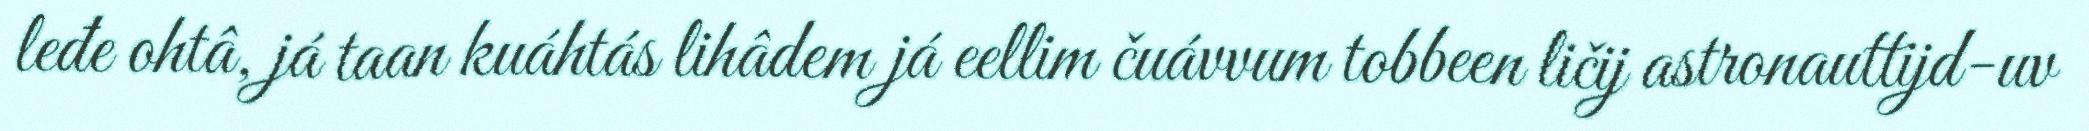
leđe ohtâ, já taan kuáhtás lihâdem já eellim čuávvum tobbeen ličij astronauttijd-uv